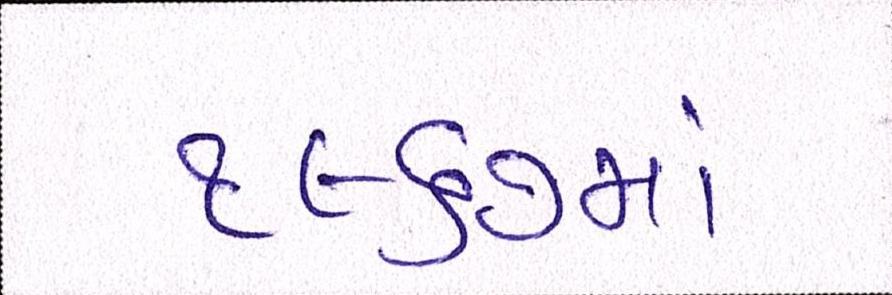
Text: ૧૯૬૭માં